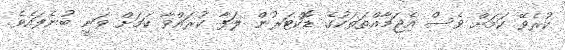
ކުރެވޭ ކަމަށް ވެސް އެޖަމާއްތަތަކުގެ ޑޮކްޓަރުން ލަފާ ކުރައްވާ ކަމަށް ވަނީ ބުނެފައެވެ.